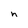
Character: n